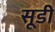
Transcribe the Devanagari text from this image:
सूडी